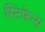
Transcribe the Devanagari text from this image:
स्टिफेन्स